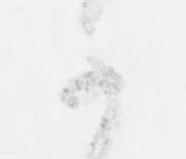
可